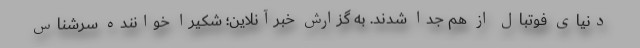
دنیای فوتبال از هم جدا شدند. به گزارش خبرآنلاین؛ شکیرا خواننده سرشناس